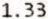
1.33